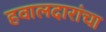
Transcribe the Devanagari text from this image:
हवालदारांचा